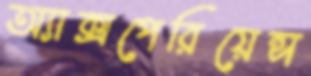
অ্যাক্সপেরিয়েন্স